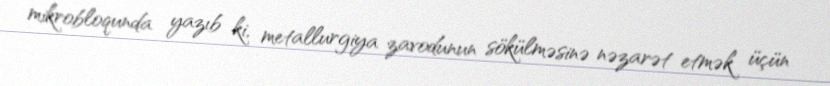
mikrobloqunda yazıb ki, metallurgiya zavodunun sökülməsinə nəzarət etmək üçün